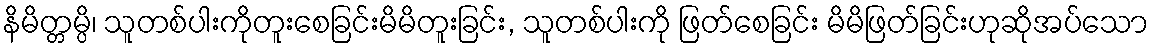
နိမိတ္တမ္ပိ၊ သူတစ်ပါးကိုတူးစေခြင်းမိမိတူးခြင်း, သူတစ်ပါးကို ဖြတ်စေခြင်း မိမိဖြတ်ခြင်းဟုဆိုအပ်သော